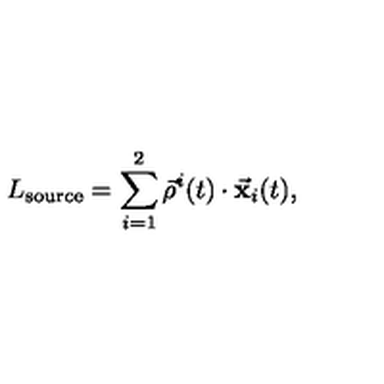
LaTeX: L _ { \mathrm { s o u r c e } } = \sum _ { i = 1 } ^ { 2 } \vec { \rho } ^ { i } ( t ) \cdot { \bf \vec { x } } _ { i } ( t ) ,